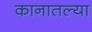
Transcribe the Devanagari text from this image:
कानातल्या